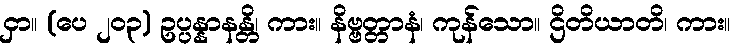
ငှာ။ (ပေ ၂၀၃) ဥပ္ပန္နာနန္တိ၊ ကား။ နိဗ္ဗတ္တာနံ၊ ကုန်သော။ ဌိတိယာတိ၊ ကား။